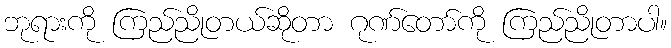
ဘုရားကို ကြည်ညိုတယ်ဆိုတာ ဂုဏ်တော်ကို ကြည်ညိုတာပါ။